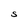
Character: s